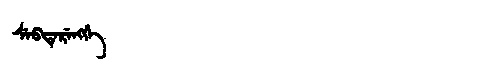
Manchu: ᠰᡝᠪᡨᡝᡵᡝᠩᡤᡝ
Romanization: SEBTERENGGE